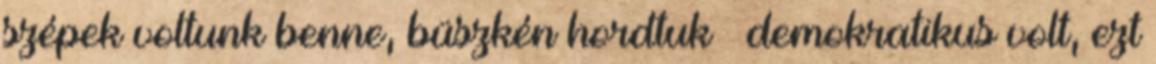
szépek voltunk benne, büszkén hordtuk – demokratikus volt, ezt